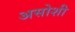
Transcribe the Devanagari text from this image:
असोशी